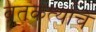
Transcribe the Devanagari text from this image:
व्रतकर्त्याचे